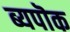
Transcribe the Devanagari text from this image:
ब्यपॊक